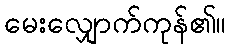
မေးလျှောက်ကုန်၏။